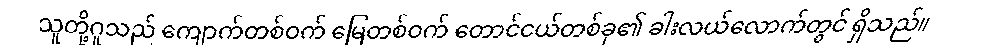
သူတို့ဂူသည် ကျောက်တစ်ဝက် မြေတစ်ဝက် တောင်ငယ်တစ်ခု၏ ခါးလယ်လောက်တွင် ရှိသည်။